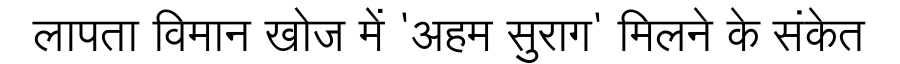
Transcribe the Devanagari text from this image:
लापता विमान खोज में 'अहम सुराग' मिलने के संकेत